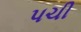
પચી